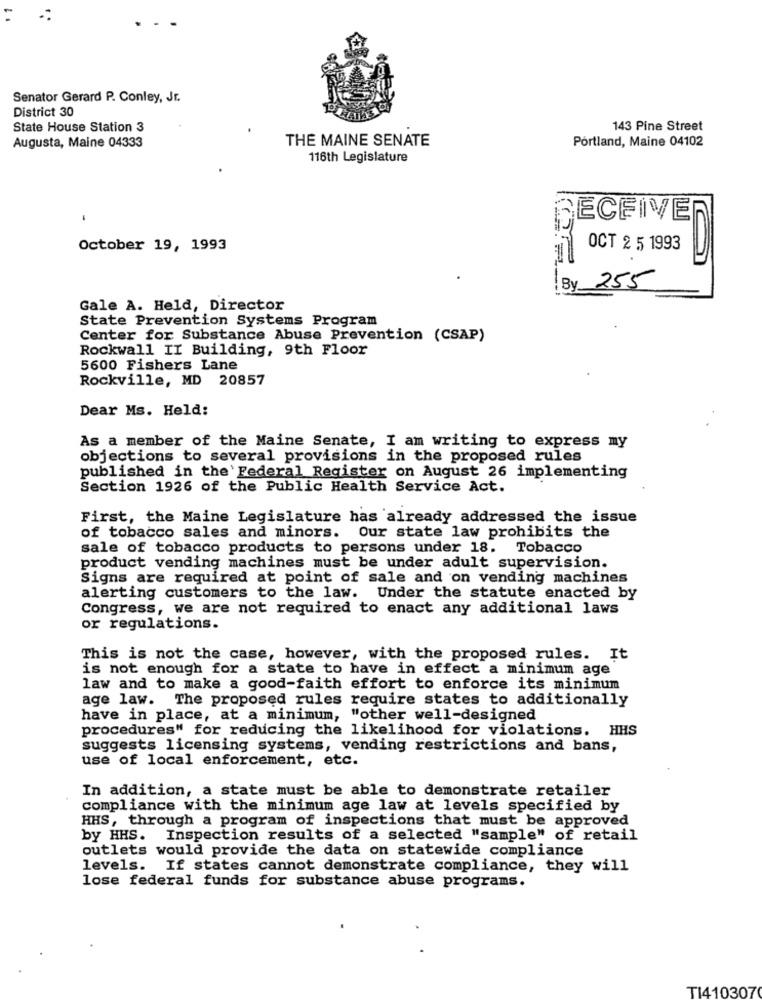
Senator Gerard P. Conley, Jr.
District 30
State House Station 3
143 Pine Street
Augusta, Maine 04333
THE MAINE SENATE
Portland, Maine 04102
116th Legislature
ECFIVE
October 19, 1993
OCT 2 5 1993
By 255
Gale A. Held, Director
State Prevention Systems Program
Center for Substance Abuse Prevention (CSAP)
Rockwall II Building, 9th Floor
5600 Fishers Lane
Rockville, MD 20857
Dear Ms. Held:
As a member of the Maine Senate, I am writing to express my
objections to several provisions in the proposed rules
published in the Federal Register on August 26 implementing
Section 1926 of the Public Health Service Act.
First, the Maine Legislature has already addressed the issue
of tobacco sales and minors. Our state law prohibits the
sale of tobacco products to persons under 18. Tobacco
product vending machines must be under adult supervision.
Signs are required at point of sale and on vending machines
alerting customers to the law. Under the statute enacted by
Congress, we are not required to enact any additional laws
or regulations.
This is not the case, however, with the proposed rules. It
is not enough for a state to have in effect a minimum age
law and to make a good-faith effort to enforce its minimum
age law. The proposed rules require states to additionally
have in place, at a minimum, "other well-designed
procedures" for reducing the likelihood for violations. HHS
suggests licensing systems, vending restrictions and bans,
use of local enforcement, etc.
In addition, a state must be able to demonstrate retailer
compliance with the minimum age law at levels specified by
HHS, through a program of inspections that must be approved
by HHS. Inspection results of a selected "sample" of retail
outlets would provide the data on statewide compliance
levels. If states cannot demonstrate compliance, they will
lose federal funds for substance abuse programs.
TI4103070